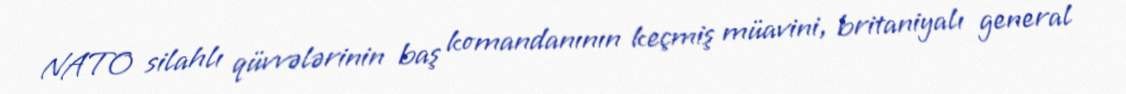
NATO silahlı qüvvələrinin baş komandanının keçmiş müavini, britaniyalı general